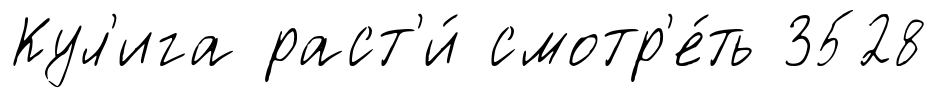
Кул'ига раст'и́ смотр'е́ть 3528